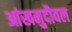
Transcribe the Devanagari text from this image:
आंखमुदौवल